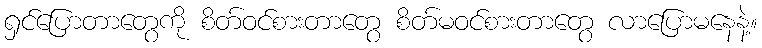
ရှင်ပြောတာတွေကို စိတ်ဝင်စားတာတွေ စိတ်မဝင်စားတာတွေ လာပြောမနေနဲ့။